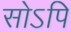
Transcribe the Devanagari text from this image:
सोऽपि